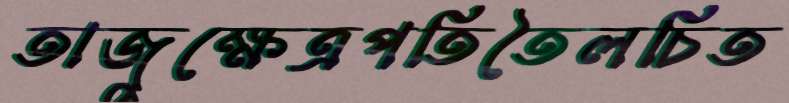
তাজুক্ষেত্রপতিতৈলচিত